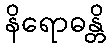
နိရောဓန္တိ